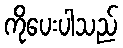
ကိုပေးပါသည်